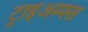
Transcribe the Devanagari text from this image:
ट्राइअम्फ्स